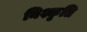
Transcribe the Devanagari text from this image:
निश्कृति